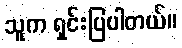
သူက ရှင်းပြပါတယ်။